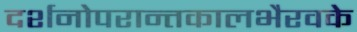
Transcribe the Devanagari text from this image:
दर्शनोपरान्तकालभैरवके